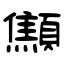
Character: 顦